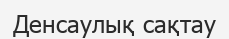
Денсаулық сақтау